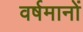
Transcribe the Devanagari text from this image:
वर्षमानों